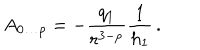
LaTeX: A _ { 0 \ldots p } = - \frac { q _ { 1 } } { r ^ { 3 - p } } \frac { 1 } { h _ { 1 } } \, .